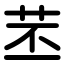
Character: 苤